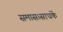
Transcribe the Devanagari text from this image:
समास।साधकें